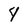
Character: 4